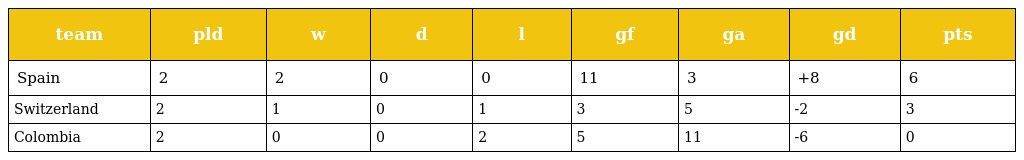
| team | pld | w | d | l | gf | ga | gd | pts |
 | --- | --- | --- | --- | --- | --- | --- | --- | --- |
 | Spain | 2 | 2 | 0 | 0 | 11 | 3 | +8 | 6 |
 | Switzerland | 2 | 1 | 0 | 1 | 3 | 5 | -2 | 3 |
 | Colombia | 2 | 0 | 0 | 2 | 5 | 11 | -6 | 0 |